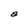
Character: a